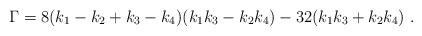
LaTeX: \begin{align*} \Gamma=8(k_1-k_2+k_3-k_4)(k_1k_3-k_2k_4)-32(k_1k_3+k_2k_4)\ .\end{align*}